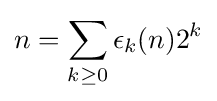
n=\sum _{k\geq 0}\epsilon _{k}(n)2^{k}